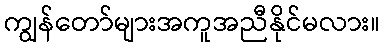
ကျွန်တော်များအကူအညီနိုင်မလား။